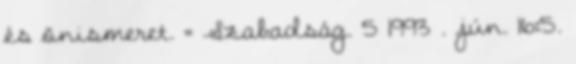
és önismeret. = Szabadság. 5 1993 . jún. 16:5.